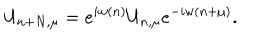
LaTeX: U _ { n + N , \mu } = e ^ { i w ( n ) } U _ { n , \mu } e ^ { - i w ( n + \mu ) } .